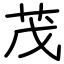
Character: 茂